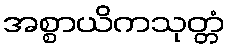
အစ္စာယိကသုတ္တံ